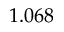
1 . 0 6 8